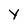
Character: y